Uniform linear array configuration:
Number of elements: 48
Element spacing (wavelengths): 1
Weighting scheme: binomial
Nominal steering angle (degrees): -45
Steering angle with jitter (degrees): -44.568
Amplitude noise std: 0.05
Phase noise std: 0.05

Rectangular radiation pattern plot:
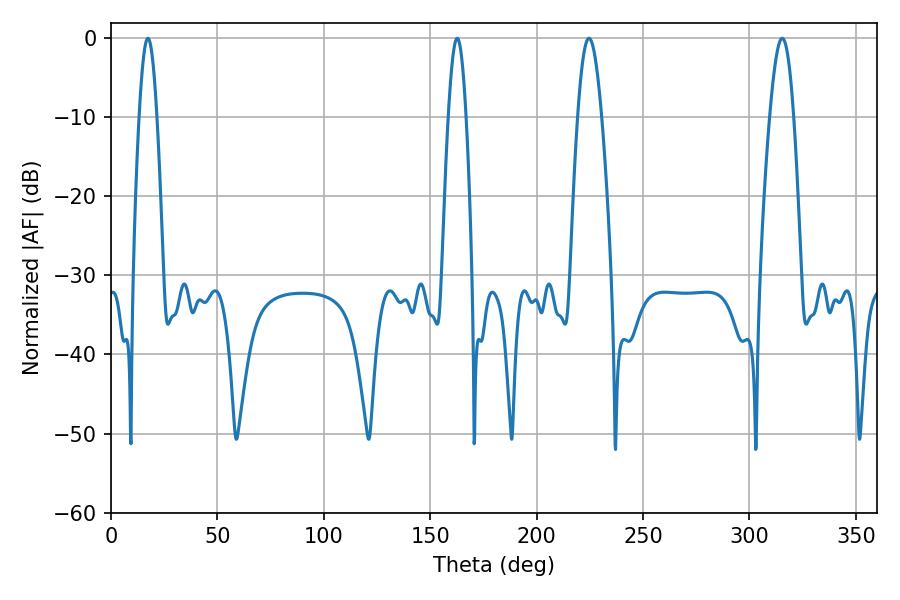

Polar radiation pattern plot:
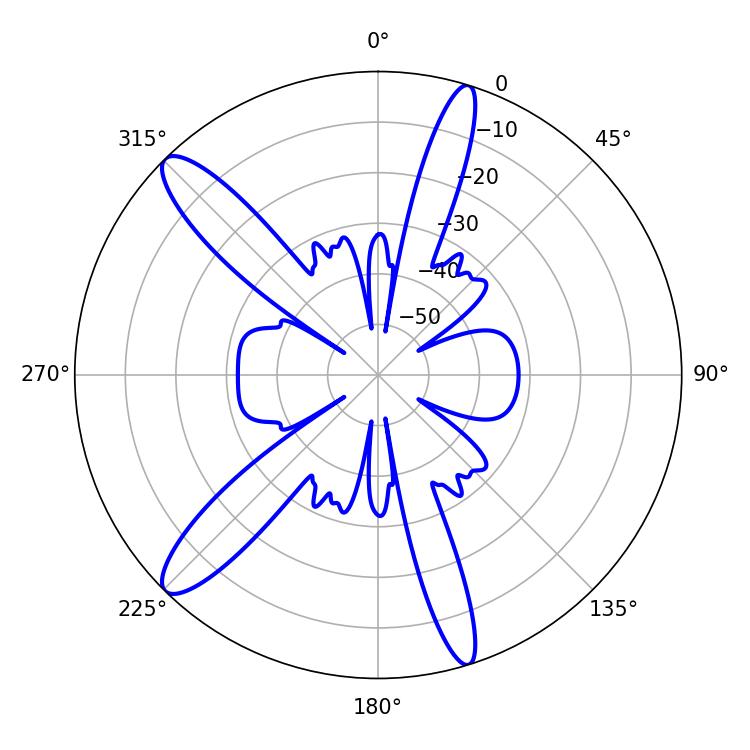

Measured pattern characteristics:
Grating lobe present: TRUE
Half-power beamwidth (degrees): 6.12
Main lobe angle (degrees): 224.64